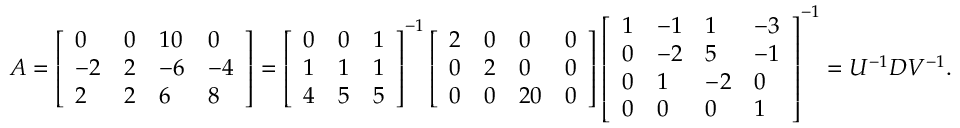
\begin{array} { r } { A = \left[ \begin{array} { l l l l } { 0 } & { 0 } & { 1 0 } & { 0 } \\ { - 2 } & { 2 } & { - 6 } & { - 4 } \\ { 2 } & { 2 } & { 6 } & { 8 } \end{array} \right] = \left[ \begin{array} { l l l } { 0 } & { 0 } & { 1 } \\ { 1 } & { 1 } & { 1 } \\ { 4 } & { 5 } & { 5 } \end{array} \right] ^ { - 1 } \left[ \begin{array} { l l l l } { 2 } & { 0 } & { 0 } & { 0 } \\ { 0 } & { 2 } & { 0 } & { 0 } \\ { 0 } & { 0 } & { 2 0 } & { 0 } \end{array} \right] \left[ \begin{array} { l l l l } { 1 } & { - 1 } & { 1 } & { - 3 } \\ { 0 } & { - 2 } & { 5 } & { - 1 } \\ { 0 } & { 1 } & { - 2 } & { 0 } \\ { 0 } & { 0 } & { 0 } & { 1 } \end{array} \right] ^ { - 1 } = U ^ { - 1 } D V ^ { - 1 } . } \end{array}